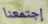
إجتمعنا